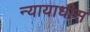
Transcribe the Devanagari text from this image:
न्यायाधीस